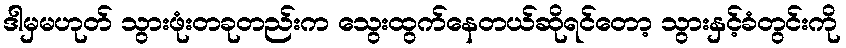
ဒါမှမဟုတ် သွားဖုံးတခုတည်းက သွေးထွက်နေတယ်ဆိုရင်တော့ သွားနှင့်ခံတွင်းကို